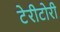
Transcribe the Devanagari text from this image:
टेरीटोरी